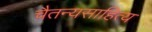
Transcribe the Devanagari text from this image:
चैतन्यसाहित्य